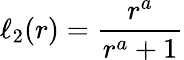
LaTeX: \ell_{2}(r)={\frac{r^{a}}{r^{a}+1}}